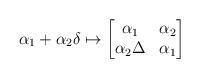
LaTeX: \begin{align*} \alpha_1+\alpha_2\delta\mapsto \begin{bmatrix} \alpha_1&\alpha_2 \\ \alpha_2\Delta & \alpha_1 \end{bmatrix}\end{align*}